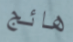
هائج